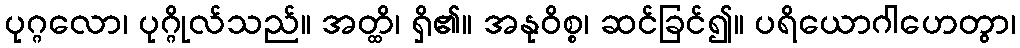
ပုဂ္ဂလော၊ ပုဂ္ဂိုလ်သည်။ အတ္ထိ၊ ရှိ၏။ အနုဝိစ္စ၊ ဆင်ခြင်၍။ ပရိယောဂါဟေတွာ၊